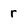
Character: r